Indian journal of veterinary science and animal husbandry - Volume 2,
Year: 1932
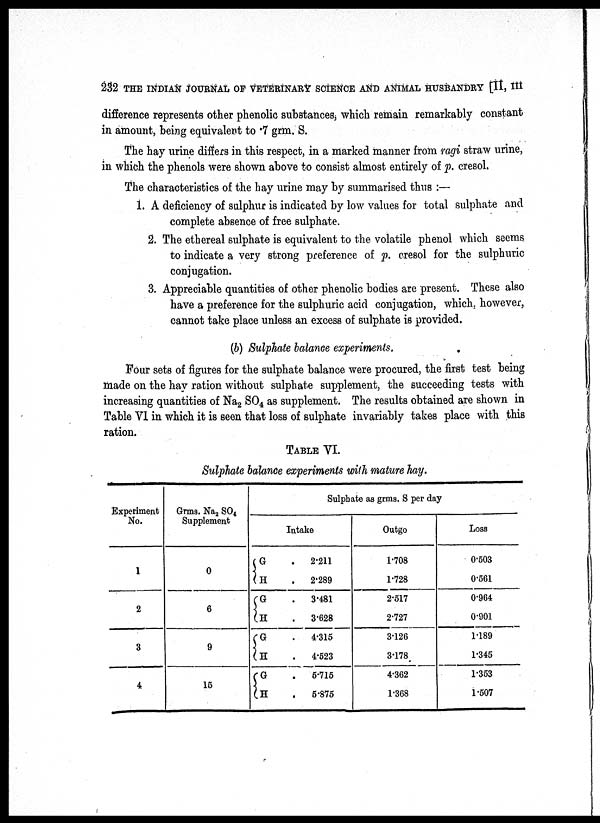
232 THE INDIAN JOURNAL OF VETERINARY SCIENCE AND ANIMAL HUSBANDRY [II, III
difference represents other phenolic substances, which remain remarkably constant
in amount, being equivalent to .7 grm. S.
The hay urine differs in this respect, in a marked manner from ragi straw urine,
in which the phenols were shown above to consist almost entirely of p. cresol.
The characteristics of the hay urine may by summarised thus :—
1. A deficiency of sulphur is indicated by low values for total sulphate and
complete absence of free sulphate.
2. The ethereal sulphate is equivalent to the volatile phenol which seems
to indicate a very strong preference of p. cresol for the sulphuric
conjugation.
3. Appreciable quantities of other phenolic bodies are present. These also
have a preference for the sulphuric acid conjugation, which, however,
cannot take place unless an excess of sulphate is provided.
(b) Sulphate balance experiments.
Four sets of figures for the sulphate balance were procured, the first test being
made on the hay ration without sulphate supplement, the succeeding tests with
increasing quantities of Na 2 SO 4 as supplement. The results obtained are shown in
Table VI in which it is seen that loss of sulphate invariably takes place with this
ration.
TABLE VI.
Sulphate balance experiments with mature hay.
Experiment
No.
1
2
3
4
Grms. Na 2 SO 4
Supplement
0
6
9
15
Sulphate as grms. S per day
Intake
G
H
G
H
G
H
G
H
.
.
.
.
.
.
.
.
2.211
2.289
3.481
3.628
4.315
4.523
5.715
5.875
Outgo
1.708
1.728
2.517
2.727
3.126
3.178
4.362
1.368
Loss
0.503
0.561
0.964
0.901
1.189
1.345
1.353
1.507